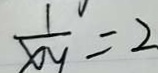
\frac { 1 } { x y } = 2